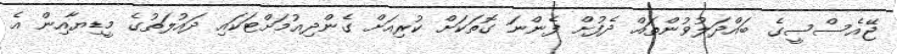
ޖޭއެސްސީގެ ބައްދަލުވުންތައް ދެފުށް ފެންނަ ގޮތަކަށް ކުރިއަށް ގެންދިއުމަށްޓަކައި ދައުލަތުގެ މީޑިޔާއިން އެ